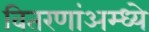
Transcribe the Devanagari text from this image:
वितरणांअम्ध्ये